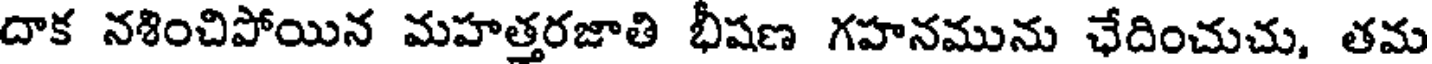
దాక నశించిపోయిన మహత్తరజాతి భీషణ గహనమును ఛేదించుచు, తమ